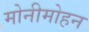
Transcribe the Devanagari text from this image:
मोनीमोहन